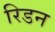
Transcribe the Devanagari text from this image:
रिडन